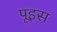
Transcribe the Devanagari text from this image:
पूइस